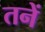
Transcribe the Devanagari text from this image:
तनें